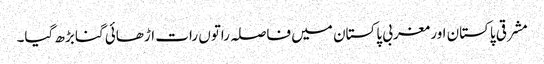
مشرقی پاکستان اور مغربی پاکستان میں فاصلہ راتوں رات اڑھائی گنا بڑھ گیا۔